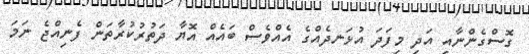
ގޮސްގެންނާއި އަދި މިފަދަ އުޅަނދެއްގެ އެއްވެސް ބައެއް އޮޔާ ދަތުރުކުރާތަން ފެނިއްޖެ ނަމަ